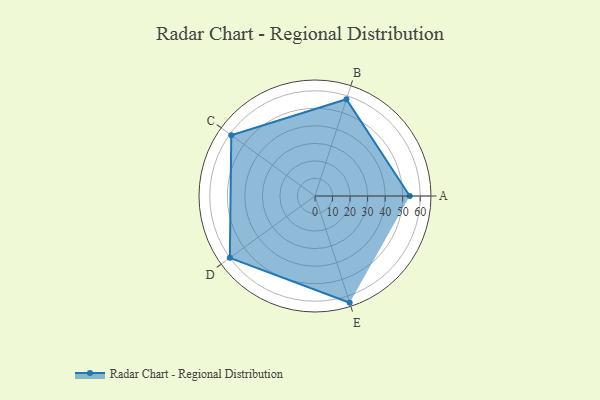
{"axis": {"x": "Skill", "y": "Score"}, "legend": ["Profile"], "data": [{"x": "A", "y": 54.0, "type": "Profile"}, {"x": "B", "y": 58.0, "type": "Profile"}, {"x": "C", "y": 59.0, "type": "Profile"}, {"x": "D", "y": 60.0, "type": "Profile"}, {"x": "E", "y": 64.0, "type": "Profile"}]}